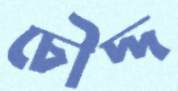
চৌদ্দ